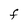
Character: F